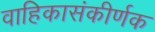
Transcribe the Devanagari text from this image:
वाहिकासंकीर्णक